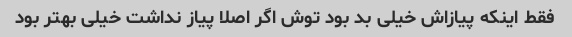
فقط اینکه پیازاش خیلی بد بود توش اگر اصلا پیاز نداشت خیلی بهتر بود